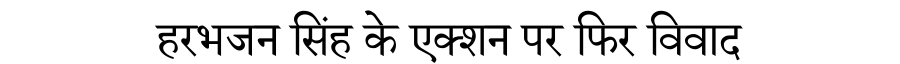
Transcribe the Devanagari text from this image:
हरभजन सिंह के एक्शन पर फिर विवाद